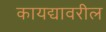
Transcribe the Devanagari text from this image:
कायद्यावरील